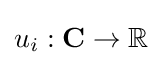
u_{i}:\mathbf {C} \to \mathbb {R}